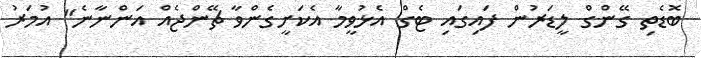
ބޮޑެތި ގޭންގް ލީޑަރުން ފައިގައި ޓެގް އެޅުވީމާ އެކަށީގެންވާ ޗޭންޖެއް އަންނާނެ" އުމަރު